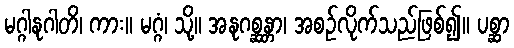
မဂ္ဂါနုဂါတိ၊ ကား။ မဂ္ဂံ၊ သို့။ အနုဂစ္ဆန္တာ၊ အစဉ်လိုက်သည်ဖြစ်၍။ ပစ္ဆာ